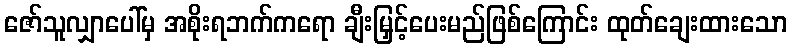
ဇော်သူလျှာပေါ်မှ အစိုးရဘက်ကရော ချီးမြှင့်ပေးမည်ဖြစ်ကြောင်း ထုတ်ချေးထားသော